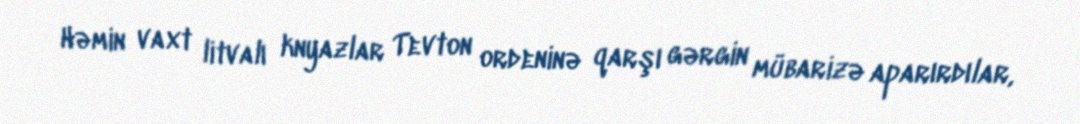
Həmin vaxt litvalı knyazlar Tevton ordeninə qarşı gərgin mübarizə aparırdılar,